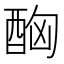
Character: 𨠮